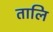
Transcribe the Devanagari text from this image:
तालि